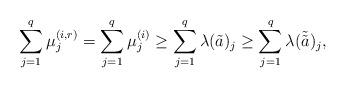
LaTeX: \begin{align*}\sum_{j=1}^q\mu^{(i,r)}_j=\sum_{j=1}^q\mu^{(i)}_j\geq\sum_{j=1}^q\lambda(\tilde{a})_j\geq\sum_{j=1}^q\lambda(\tilde{\tilde{a}})_j,\end{align*}